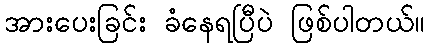
အားပေးခြင်း ခံနေရပြီပဲ ဖြစ်ပါတယ်။